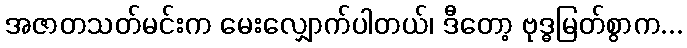
အဇာတသတ်မင်းက မေးလျှောက်ပါတယ်၊ ဒီတော့ ဗုဒ္ဓမြတ်စွာက...